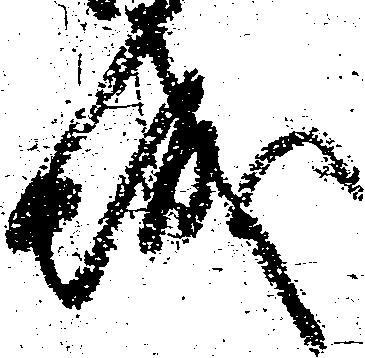
城